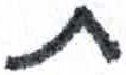
אות: ת